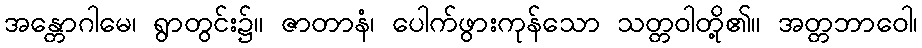
အန္တောဂါမေ၊ ရွာတွင်း၌။ ဇာတာနံ၊ ပေါက်ဖွားကုန်သော သတ္တဝါတို့၏။ အတ္တဘာဝေါ၊